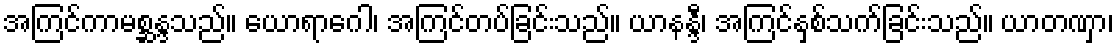
အကြင်ကာမစ္ဆန္ဒသည်။ ယောရာဂေါ၊ အကြင်တပ်ခြင်းသည်။ ယာနန္ဒီ၊ အကြင်နှစ်သက်ခြင်းသည်။ ယာတဏှာ၊